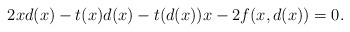
\begin{align*}2xd(x)-t(x)d(x) - t(d(x))x - 2f(x,d(x)) = 0.\end{align*}